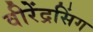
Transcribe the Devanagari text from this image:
वीरेंद्रसिंग